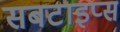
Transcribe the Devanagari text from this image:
सबटाइप्स